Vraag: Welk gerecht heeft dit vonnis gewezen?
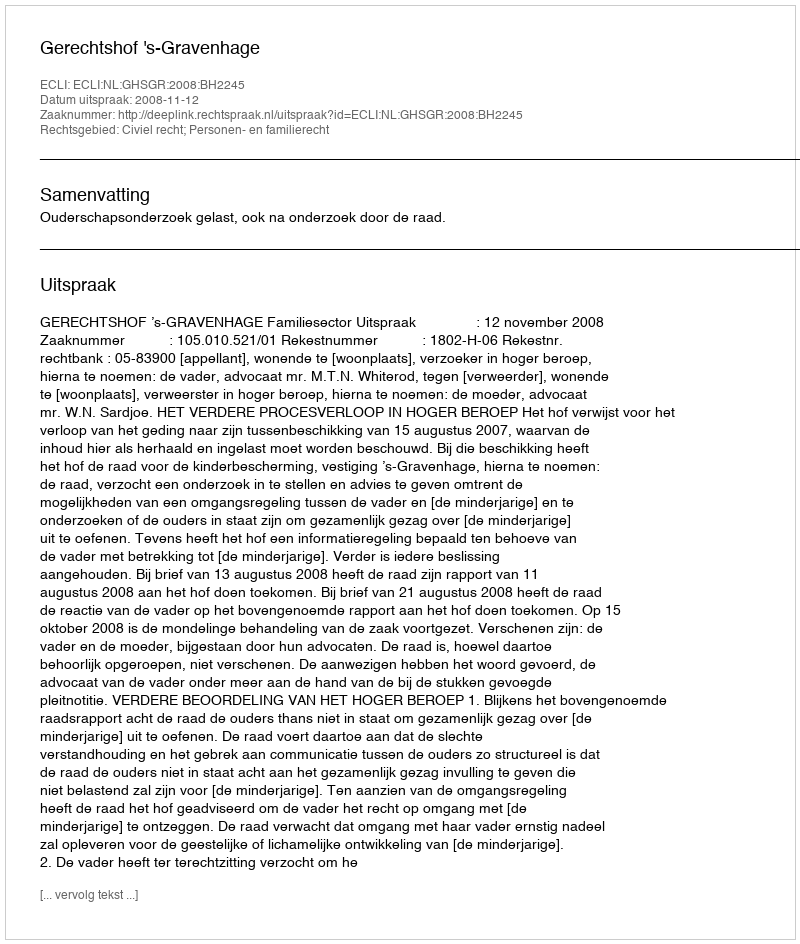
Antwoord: Gerechtshof 's-Gravenhage